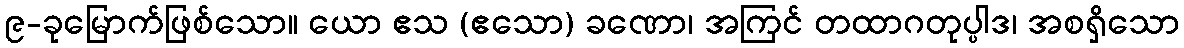
၉-ခုမြောက်ဖြစ်သော။ ယော ဧသ (ဧသော) ခဏော၊ အကြင် တထာဂတုပ္ပါဒ၊ အစရှိသော